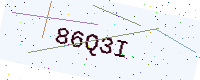
Text: 86Q3I